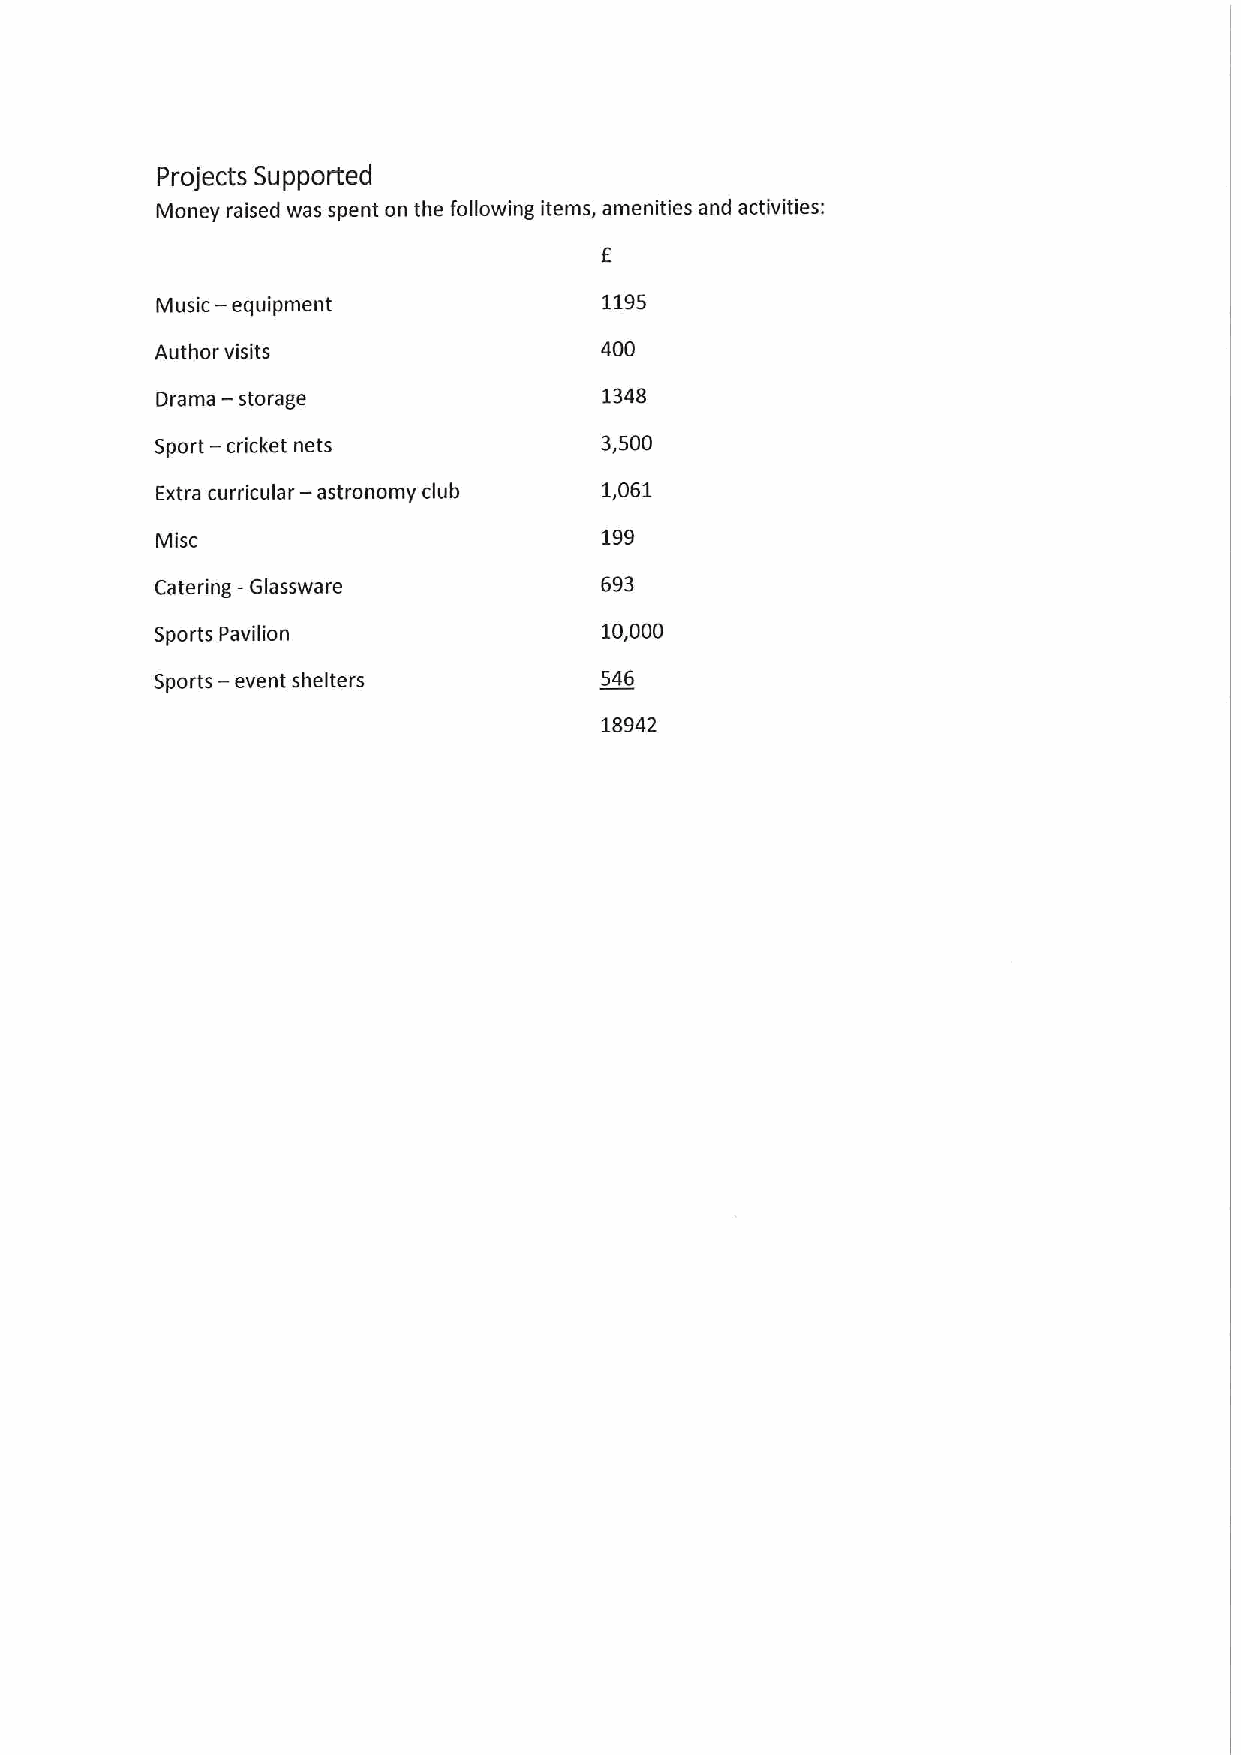
Projects Supported
 Money raised was spent on the following items, amenities and activities:
 Music — equipment             1195
 Author visits                 400
 Drama — storage               1348
 Sport — cricket nets          3,500
 Extra curricular — astronomy club 1,061
 199
 Misc
 Catering -Glassware           693
 Sports Pavilion               10,000
 Sports — event shelters       546
 18942